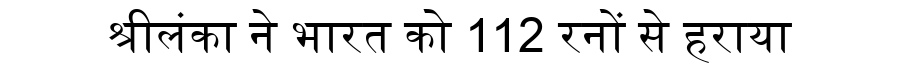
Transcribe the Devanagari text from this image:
श्रीलंका ने भारत को 112 रनों से हराया